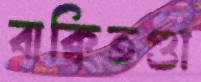
বাক্‌বিতণ্ডা